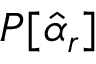
P [ \hat { \alpha } _ { r } ]